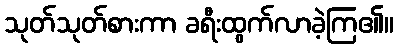
သုတ်သုတ်စားကာ ခရီးထွက်လာခဲ့ကြ၏။